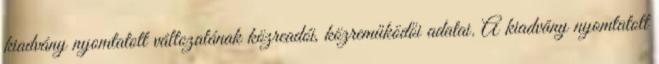
kiadvány nyomtatott változatának közreadói, közreműködői adatai. A kiadvány nyomtatott